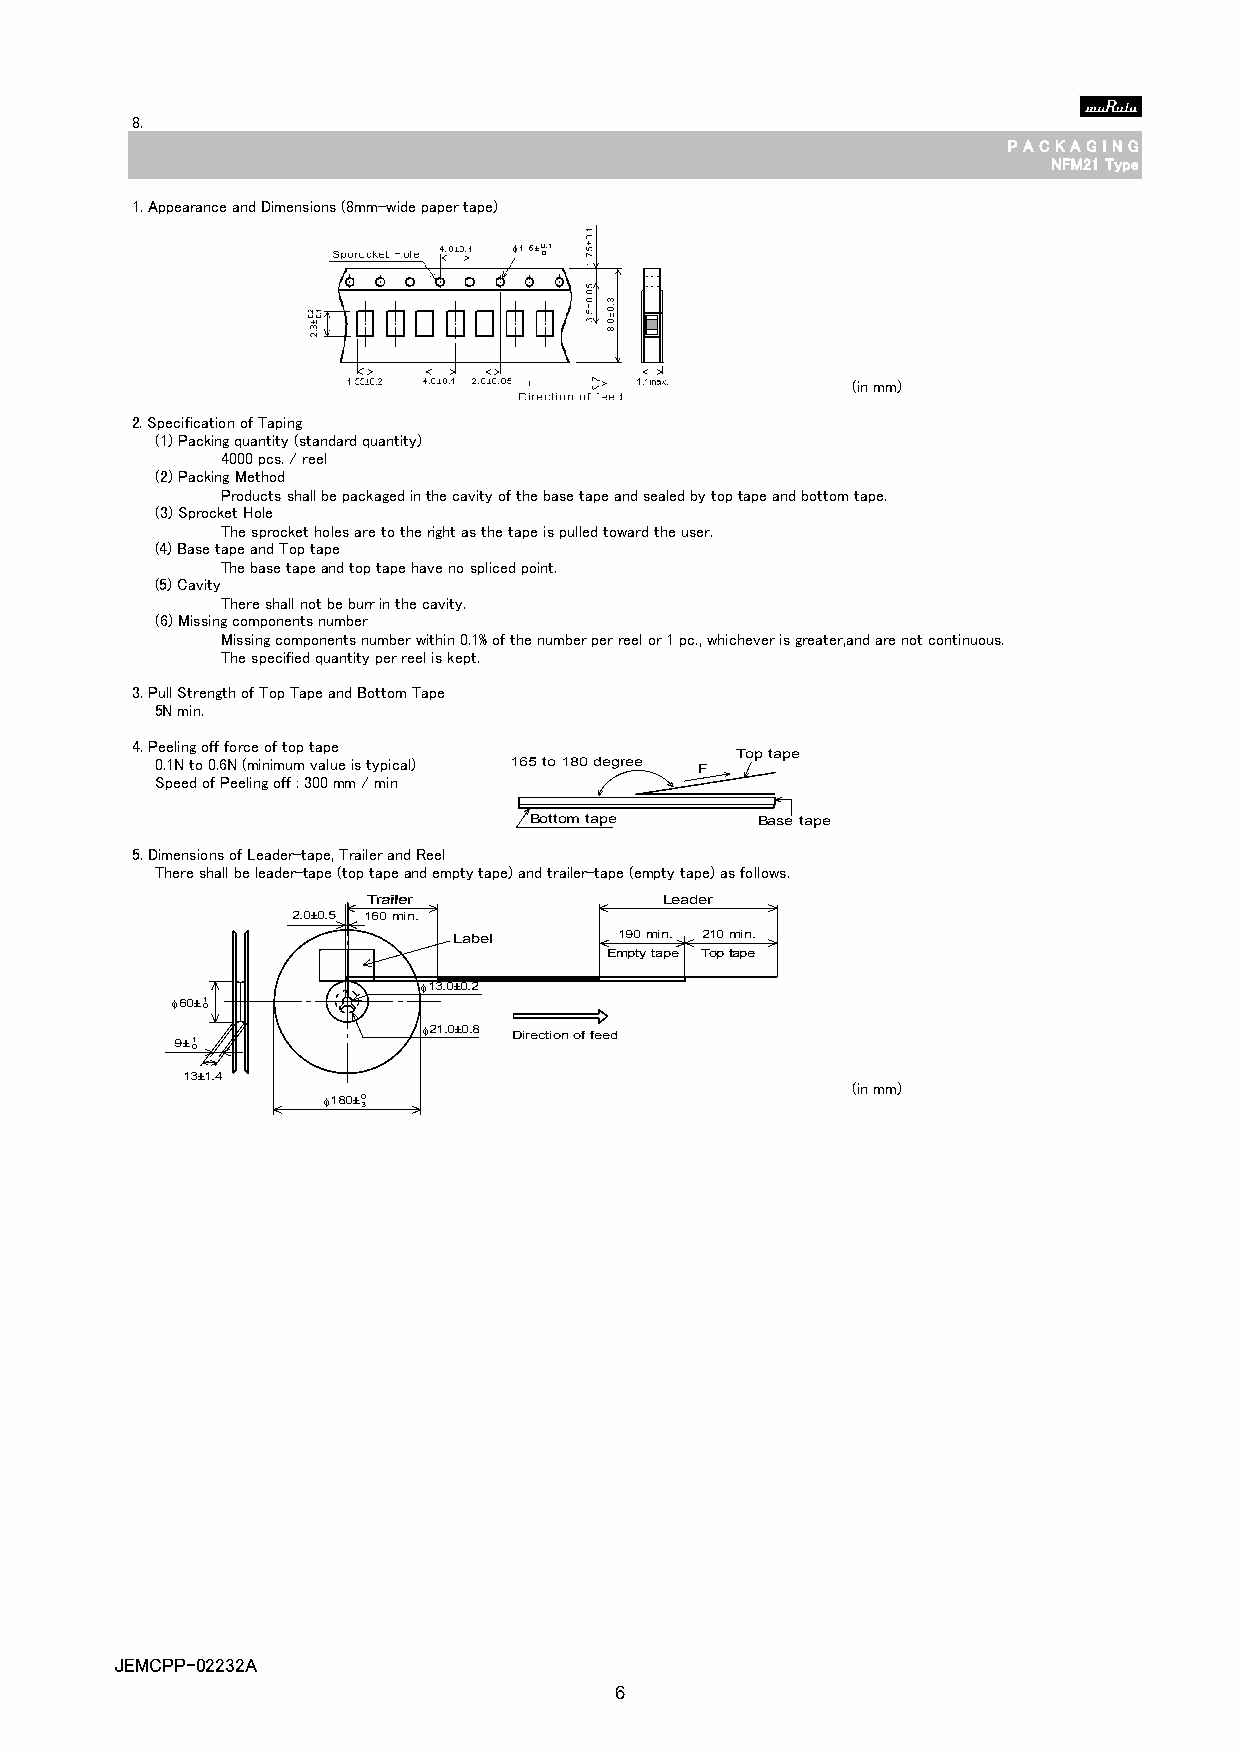
8.
 PACKAGING
 NFM21Type
 1.AppearanceandDimensions(8mm-widepapertape)
 (inmm)
 2.SpecificationofTaping
 (1)Packingquantity(standardquantity)
 4000pcs./reel
 (2)PackingMethod
 Productsshallbepackagedinthecavityofthebasetapeandsealedbytoptapeandbottomtape.
 (3)SprocketHole
 Thesprocketholesaretotherightasthetapeispulledtowardtheuser.
 (4)BasetapeandToptape
 Thebasetapeandtoptapehavenosplicedpoint.
 (5)Cavity
 Thereshallnotbeburrinthecavity.
 (6)Missingcomponentsnumber
 Missingcomponentsnumberwithin0.1%ofthenumberperreelor1pc.,whicheverisgreater,andarenotcontinuous.
 Thespecifiedquantityperreeliskept.
 3.PullStrengthofTopTapeandBottomTape
 5Nmin.
 4.Peelingoffforceoftoptape
 Toptape
 0.1Nto0.6N(minimumvalueistypical) 165to180degree
 F
 SpeedofPeelingoff:300mm/min
 Bottomtape     Basetape
 5.DimensionsofLeader-tape,TrailerandReel
 Thereshallbeleader-tape(toptapeandemptytape)andtrailer-tape(emptytape)asfollows.
 TTrraaiilleerr      LLeeaaddeerr
 2.0±0.5 160min.
 Label      190min. 210min.
 Emptytape Toptape
 13.0±0.2
 60±1
 0
 21.0±0.8 Directionoffeed
 9±1
 0
 13±1.4
 (inmm)
 180±0
 3
 JJEEMMCCPPPP--0022223322AA
 6